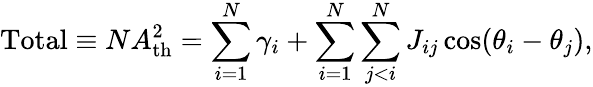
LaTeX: \mathrm{Total}\equiv NA_{\mathrm{th}}^{2}=\sum_{i=1}^{N}\gamma_{i}+\sum_{i=1}^{N}\sum_{j<i}^{N}J_{ij}\cos(\theta_{i}-\theta_{j}),